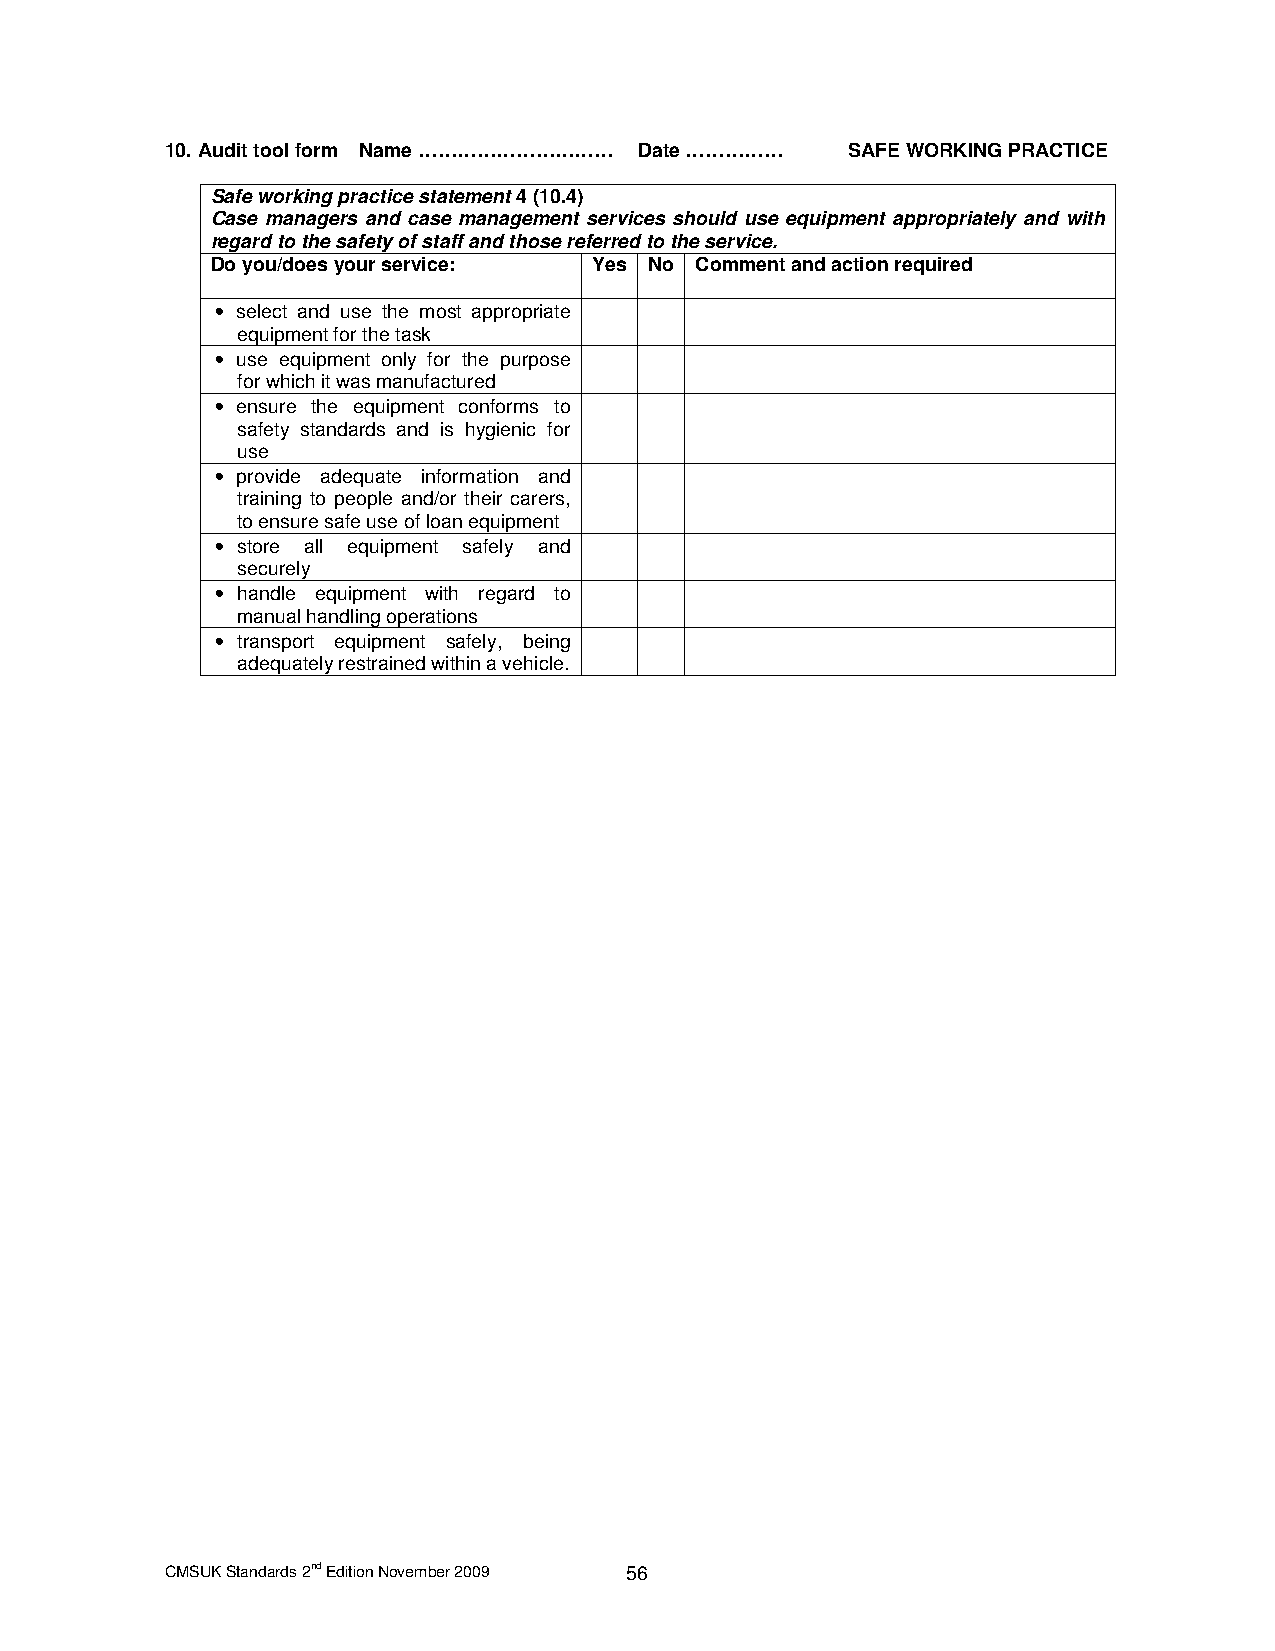
10. Audit tool form Name ………………………… Date …………… SAFE WORKING PRACTICE
 Safe working practice statement 4 (10.4)
 Case managers and case management services should use equipment appropriately and with
 regard to the safety of staff and those referred to the service.
 Do you/does your service: Yes No Comment and action required
 • select and use the most appropriate
 equipment for the task
 • use equipment only for the purpose
 for which it was manufactured
 • ensure the equipment conforms to
 safety standards and is hygienic for
 use
 • provide adequate information and
 training to people and/or their carers,
 to ensure safe use of loan equipment
 • store all equipment safely and
 securely
 • handle equipment with regard to
 manual handling operations
 • transport equipment safely, being
 adequately restrained within a vehicle.
 CMSUK Standards 2nd Edition November 2009 56